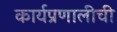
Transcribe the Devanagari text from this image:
कार्यप्रणालीची